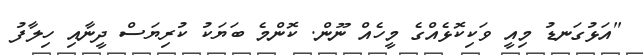
"އަޅުގަނޑު މިއީ ވަކިކޮޅެއްގެ މީހެއް ނޫން. ކޮންމެ ބަޔަކު ކުރިޔަސް ދީނާއި ހިލާފު